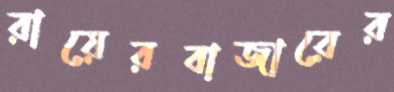
রায়েরবাজারের